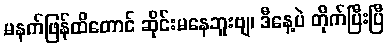
မနက်ဖြန်ထိတောင် ဆိုင်းမနေဘူးဗျ၊ ဒီနေ့ပဲ တိုက်ပြီးပြီ